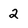
Character: 2